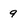
Character: 9